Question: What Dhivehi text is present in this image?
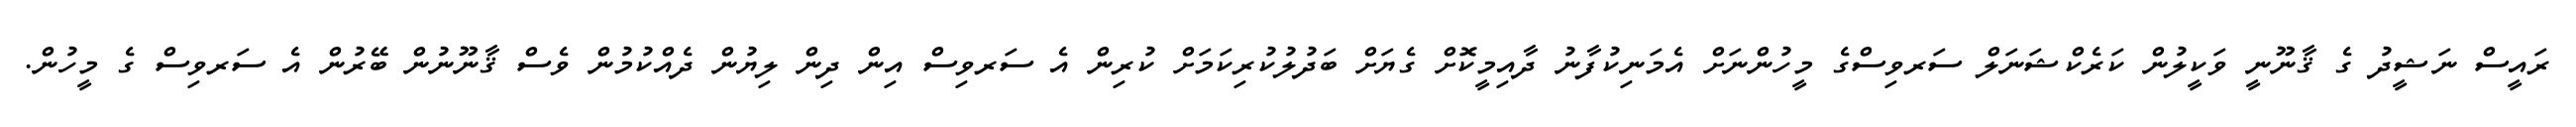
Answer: ރައީސް ނަޝީދު ގެ ޤާނޫނީ ވަކީލުން ކަރެކްޝަނަލް ސަރވިސްގެ މީހުންނަށް އެމަނިކުފާނު ދާއިމީކޮށް ގެޔަށް ބަދުލުކުރިކަމަށް ކުރިން އެ ސަރވިސް އިން ދިން ލިޔުން ދެއްކުމުން ވެސް ޤާނޫނުން ބޭރުން އެ ސަރވިސް ގެ މީހުން.